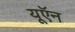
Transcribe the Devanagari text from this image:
यूऍन